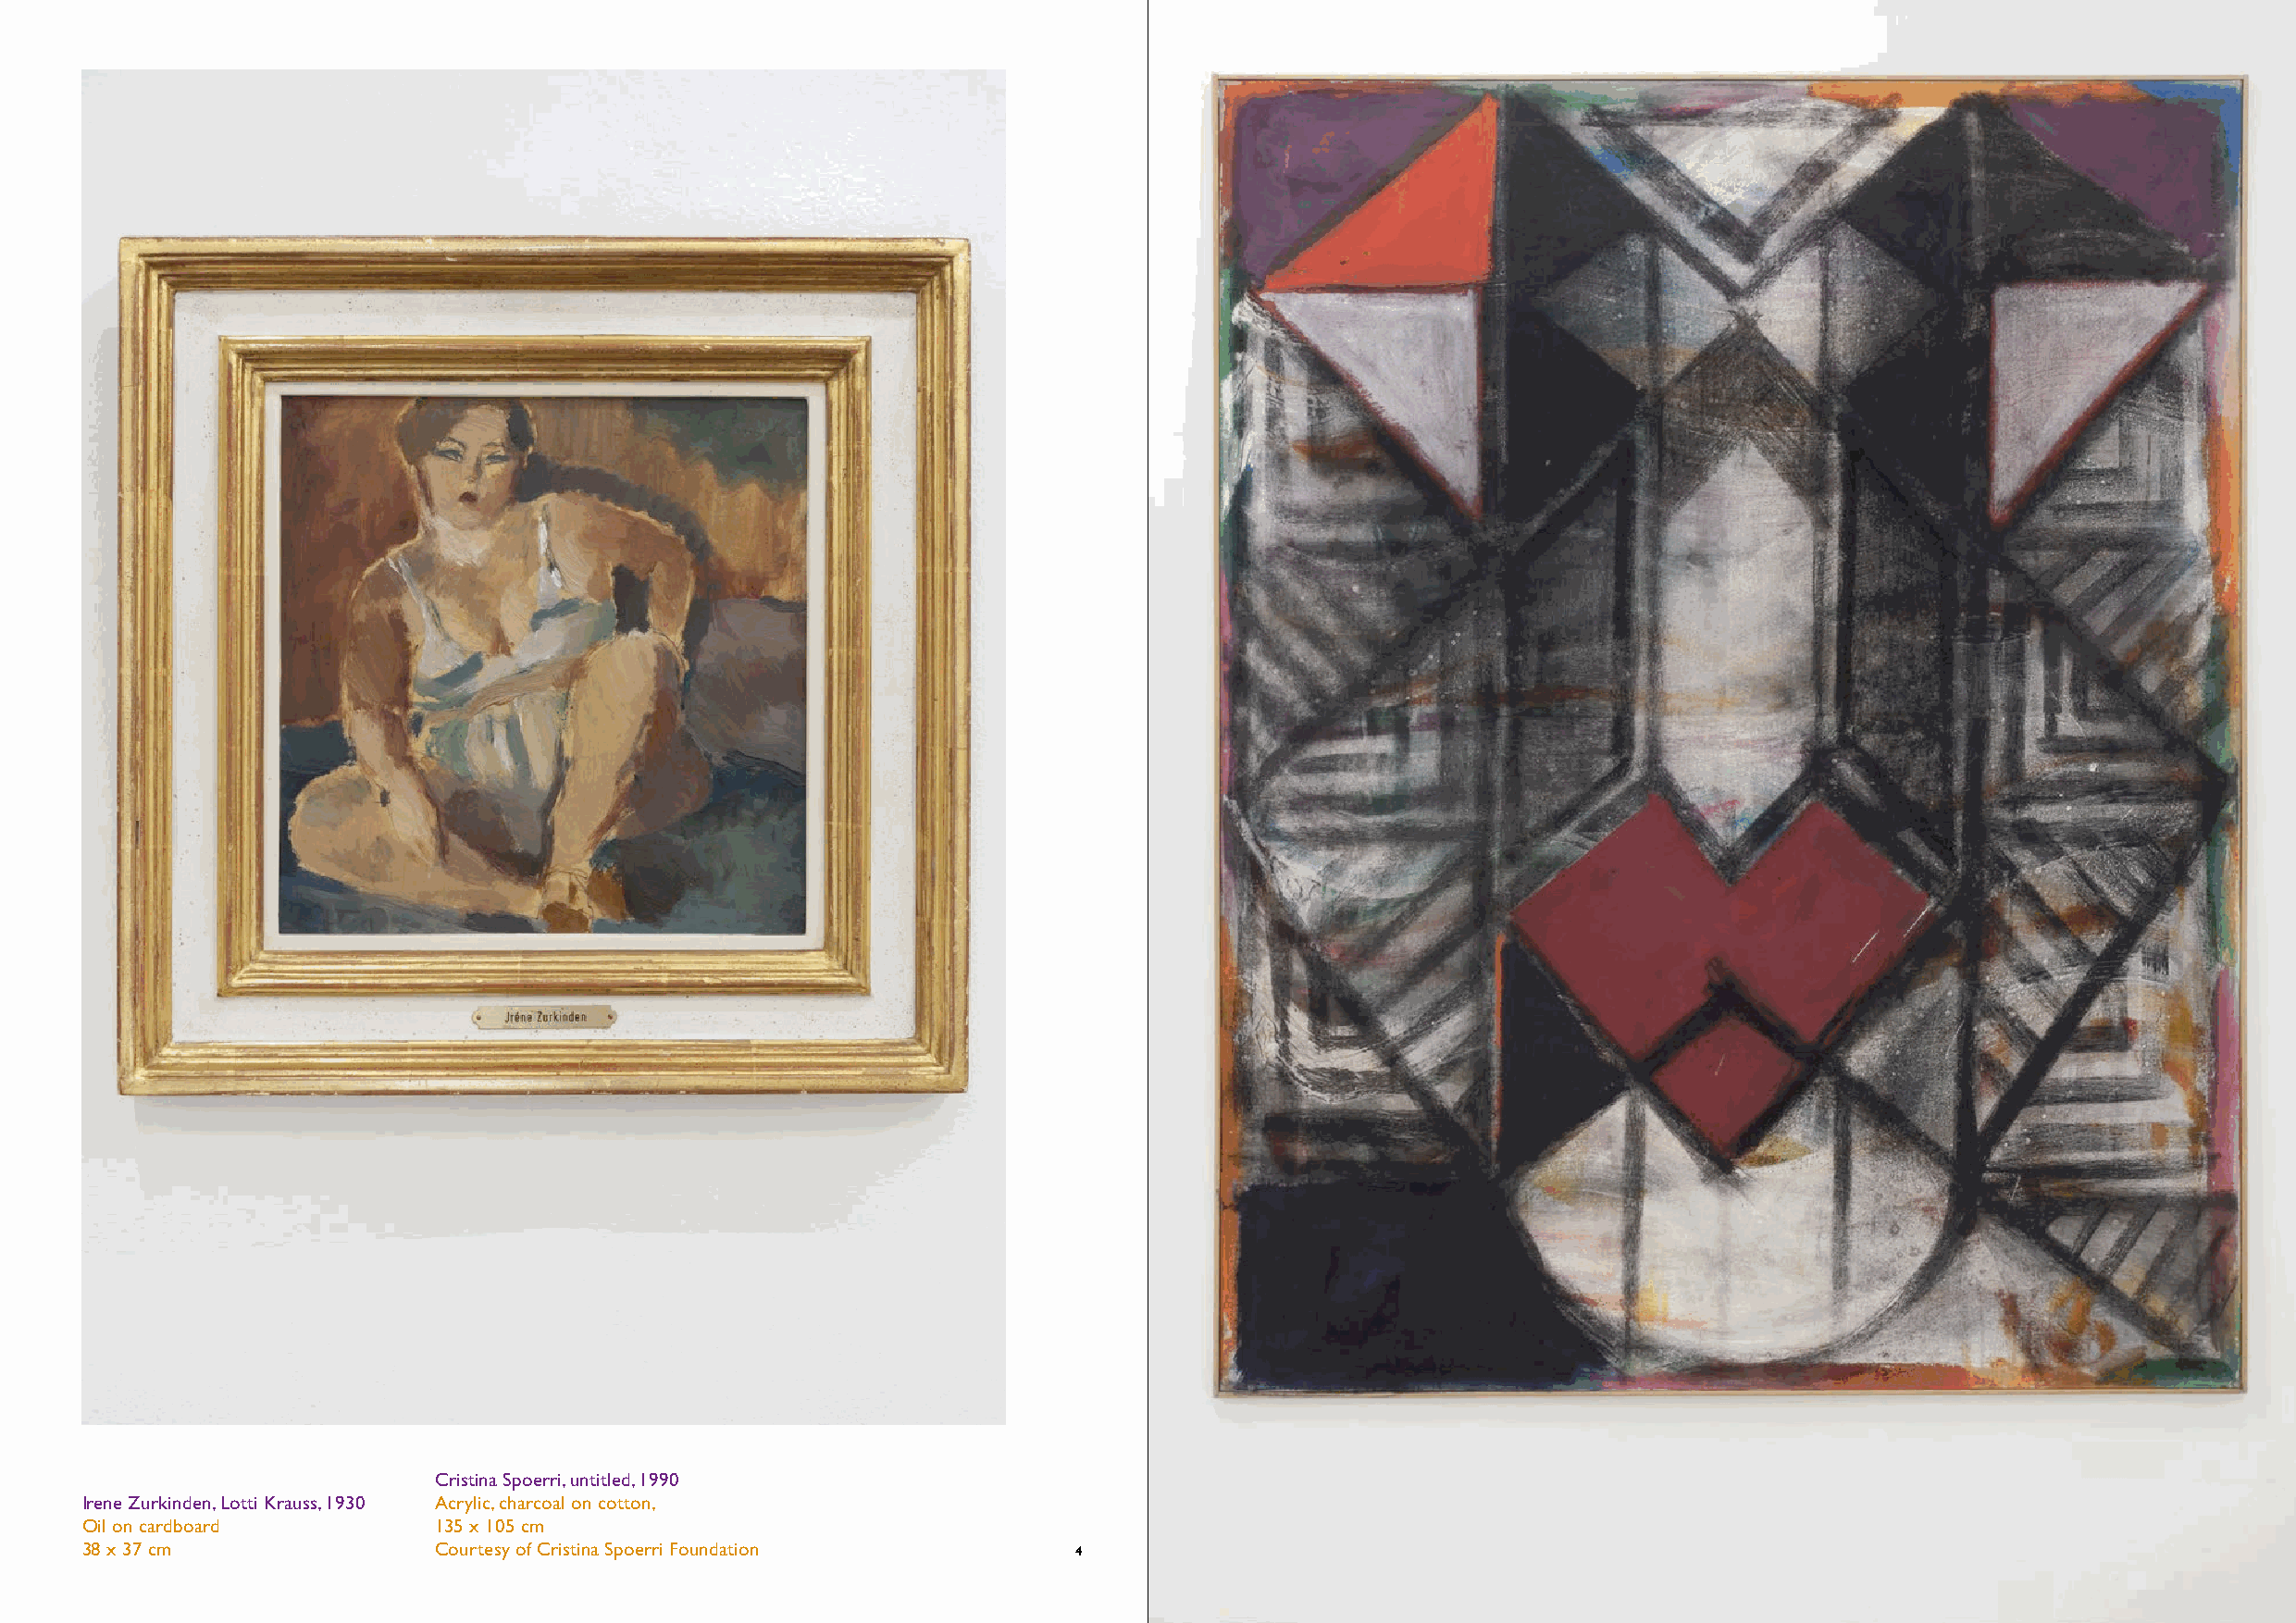
Cristina Spoerri, untitled, 1990
 Irene Zurkinden, Lotti Krauss, 1930 Acrylic, charcoal on cotton,
 Oil on cardboard         135 x 105 cm
 38 x 37 cm               Courtesy of Cristina Spoerri Foundation       4         5